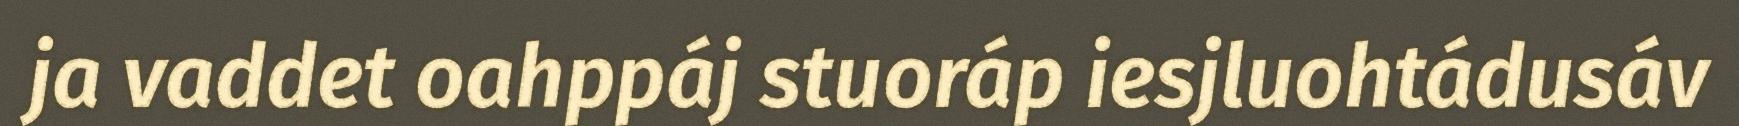
ja vaddet oahppáj stuoráp iesjluohtádusáv